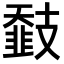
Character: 𢻨